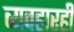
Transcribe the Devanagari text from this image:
व्यवहारही